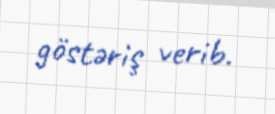
göstəriş verib.